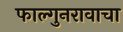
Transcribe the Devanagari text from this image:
फाल्गुनरावाचा